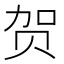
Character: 贺